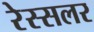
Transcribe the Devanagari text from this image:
रेस्सलर